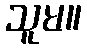
သူမ။